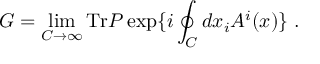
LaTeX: G = \operatorname * { l i m } _ { C \to \infty } \mathrm { T r } P \exp \{ i \oint _ { C } d x _ { i } A ^ { i } ( x ) \} \; .